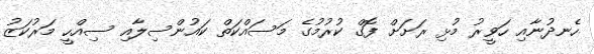
ހެނދުނާއި ހަވީރު މުޅި ރަށަށް ފޮގް ކުރުމުގެ މަސައްކަތް ކައުންސިލާއި ސިއްހީ މަރުކަޒު